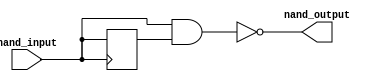
module nand_gate_delay (
    input wire nand_input,
    output reg nand_output
);

reg delay_signal;

// Introduce a delay to the input signal passing through the NAND gate
always @(posedge nand_input)
begin
    delay_signal <= #10 nand_input; // Add a delay of 10 time units
end

// NAND gate implementation with delayed input signal
assign nand_output = ~(nand_input & delay_signal);

endmodule